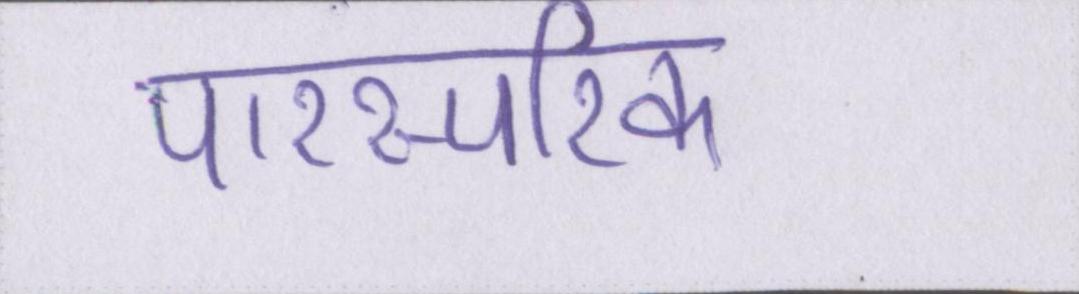
पारस्परिक